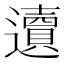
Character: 䢱